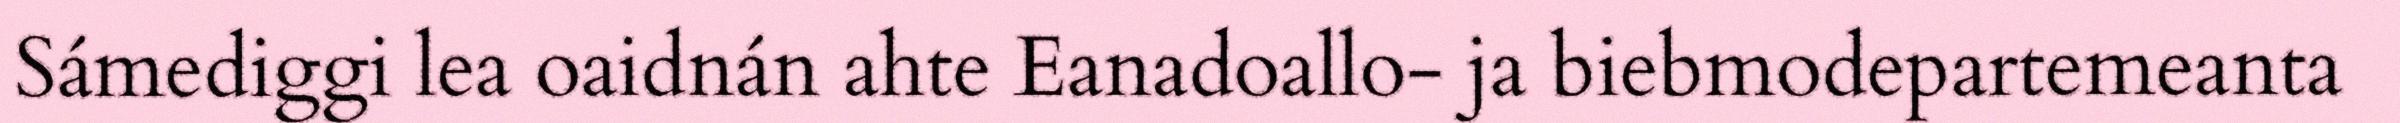
Sámediggi lea oaidnán ahte Eanadoallo- ja biebmodepartemeanta